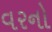
વરનો